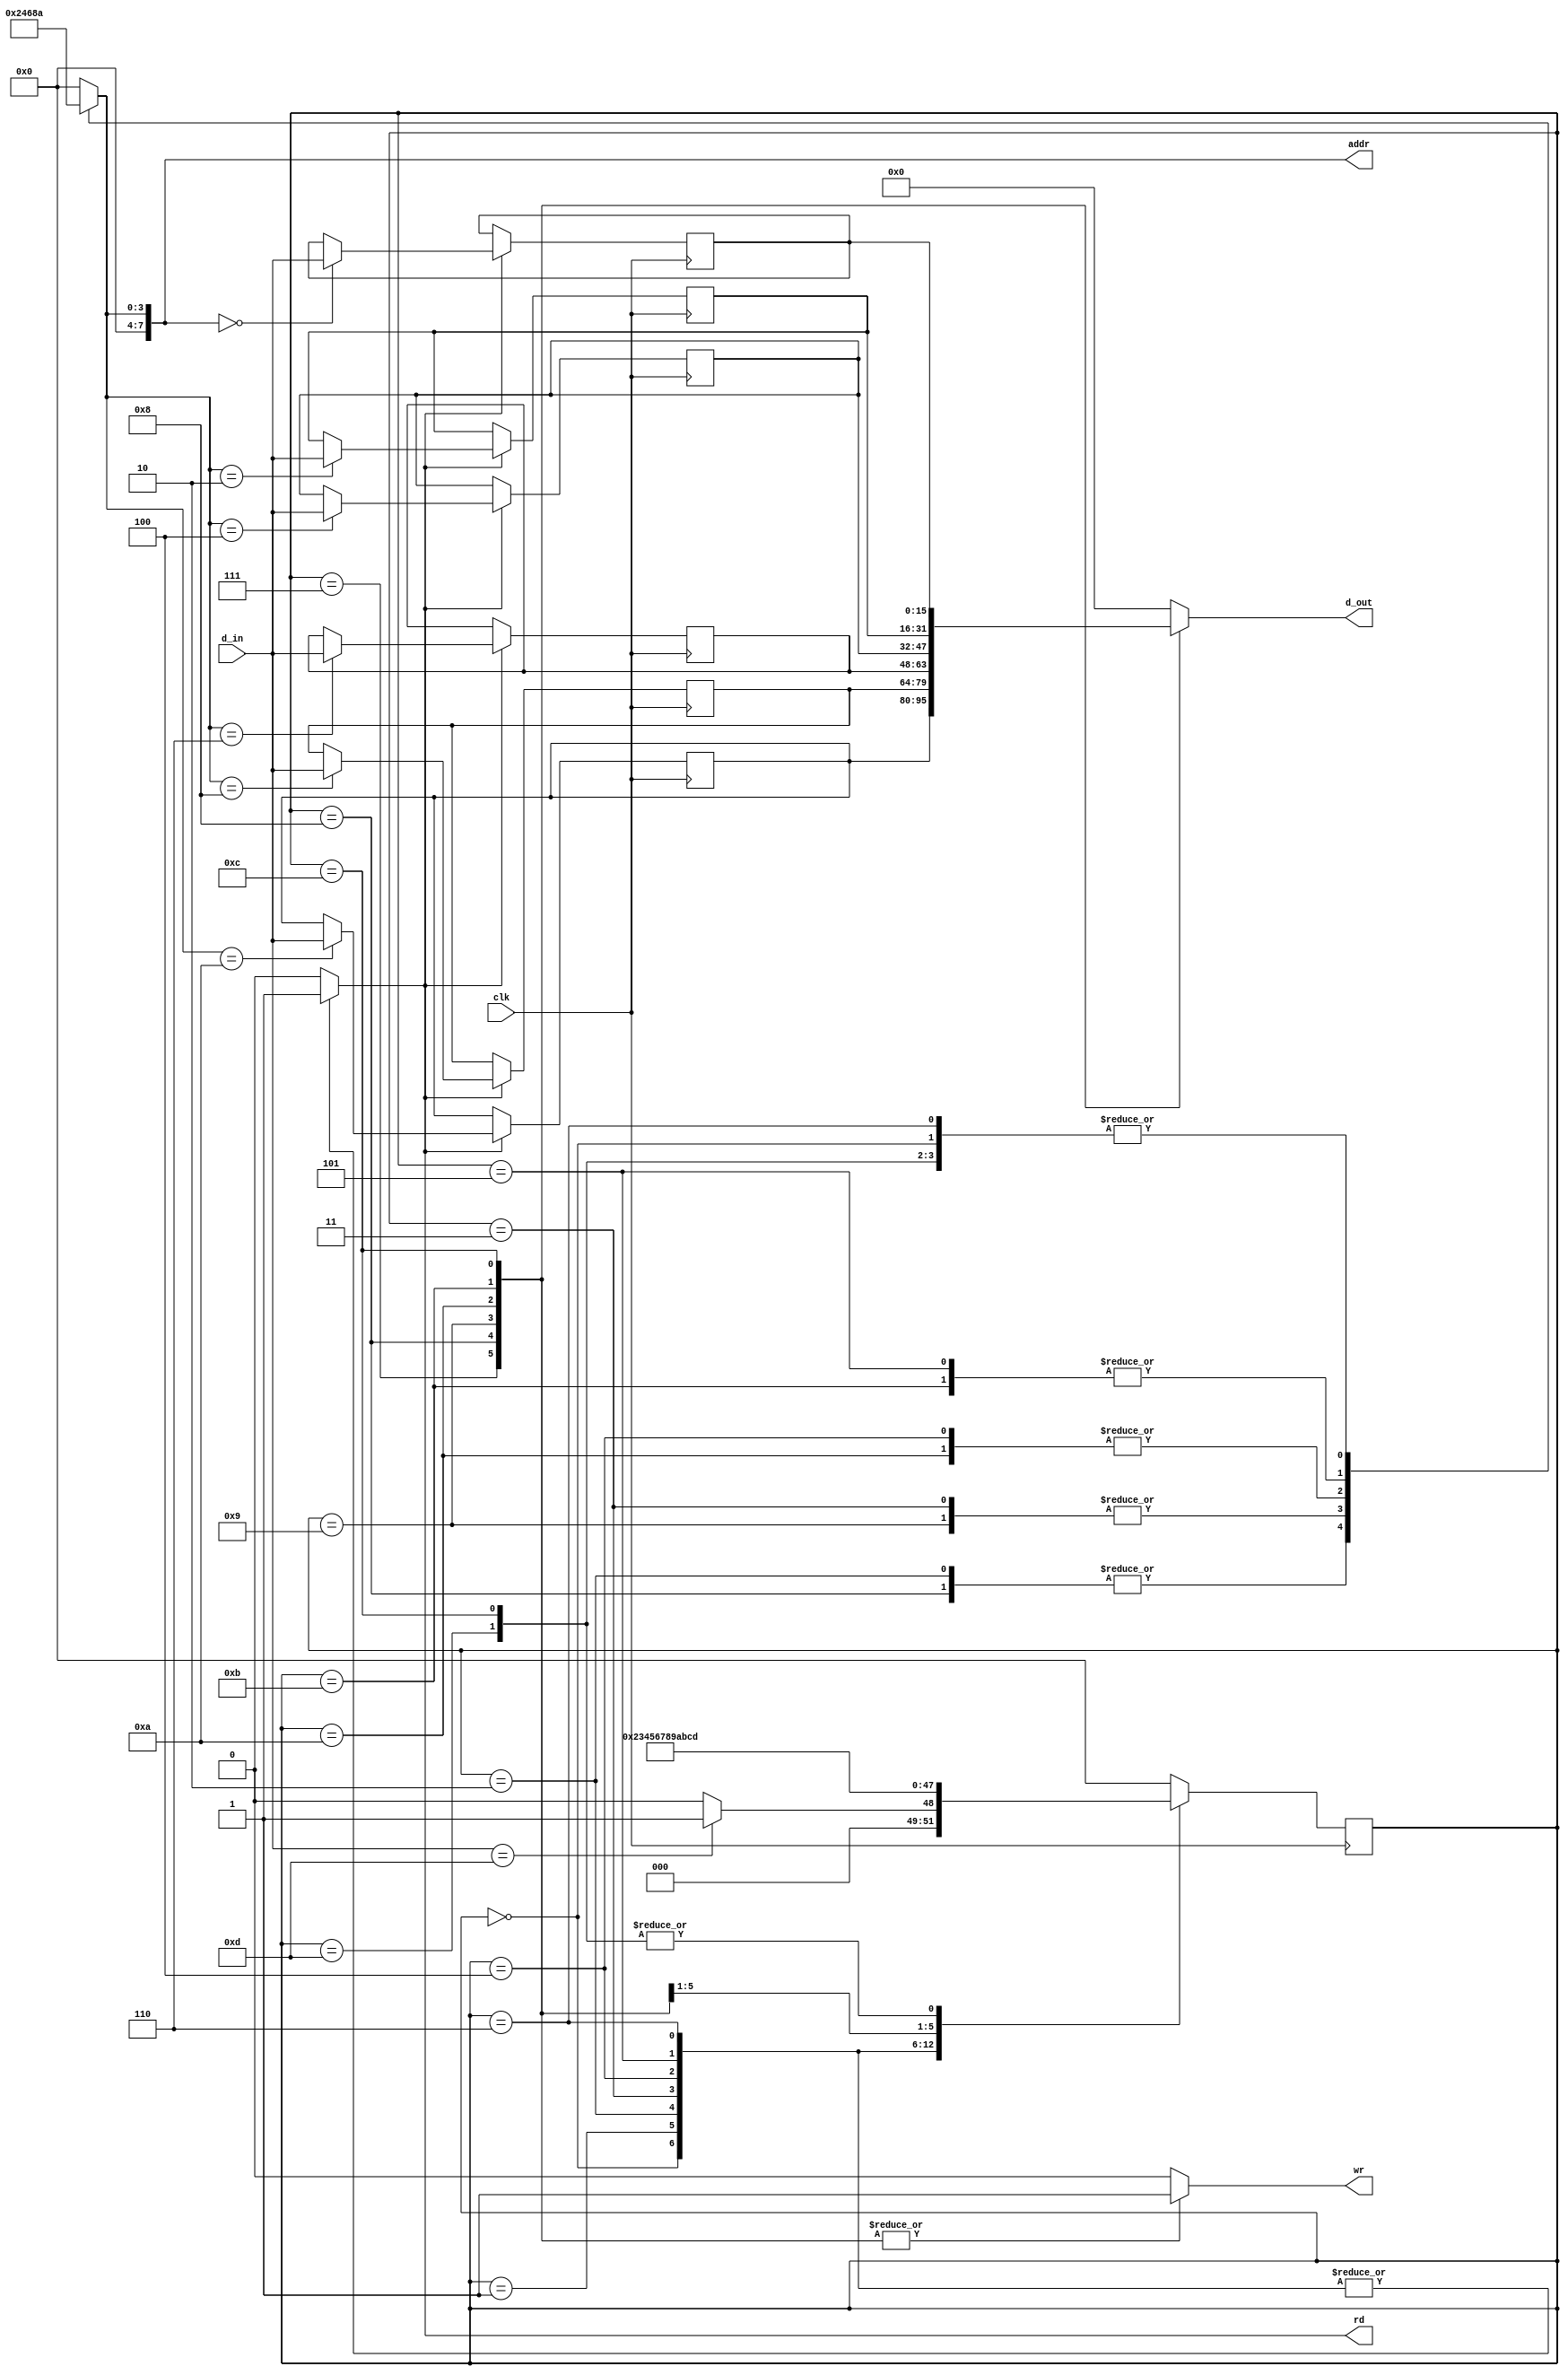
// este periferico lee la dpRAM, obtieniendo asi los 6 primeros terminos de fibonnacci, luego los escribe de nuevo en la dpRAM en orden invertido;

module core_peripheric(clk, addr, d_in, d_out,  wr,  rd); 
  
  input clk;

  input [15:0]d_in;
  output reg [15:0]d_out;

  output reg [7:0]addr; // 8 LSB from j1_io_addr

  output reg rd;
  output reg wr;


reg [15:0] F_1, F_2, F_3, F_4, F_5, F_6; // aqui se almacenan los terminos de la serie de fibonacci
reg [3:0] estado;

 initial begin
  d_out = 0;
  addr = 0;
  rd = 0;
  wr = 0;
  estado = 0;
  F_1=0;
  F_2=0;
  F_3=0;
  F_4=0;
  F_5=0;
  F_6=0;
 end

always @(posedge clk) begin// definicion de la logica del estado  siguiente

if (rd) begin
case (addr)	 // lectura de los terminos de fibonnacci
8'h00: F_1=d_in;
8'h02: F_2=d_in;
8'h04: F_3=d_in;
8'h06: F_4=d_in;
8'h08: F_5=d_in;
8'h0A: F_6=d_in;
default: F_1=F_1;
endcase
end
else F_1= F_1;

case(estado)
00: begin
  if (d_in==13)	estado =1;
  else estado=0;
end
01:  estado=2;
02:  estado=3;
03:  estado=4;
04:  estado=5;
05:  estado=6;
06:  estado=7;
07:  estado=8;
08:  estado=9;
09:  estado=10;
10:  estado=11;
11:  estado=12;
12:  estado=13;
13:  estado=13;
default: estado=0;
endcase

end


always @(*) begin// Definicion de las salidas
case(estado)
00: begin addr=8'h0A; d_out=16'h0000;  wr=0;  rd=1; end // lectura de los terminos de fibonnacci
01: begin addr=8'h00; d_out=16'h0000;  wr=0;  rd=1; end
02: begin addr=8'h02; d_out=16'h0000;  wr=0;  rd=1; end
03: begin addr=8'h04; d_out=16'h0000;  wr=0;  rd=1; end
04: begin addr=8'h06; d_out=16'h0000;  wr=0;  rd=1; end
05: begin addr=8'h08; d_out=16'h0000;  wr=0;  rd=1; end
06: begin addr=8'h0A; d_out=16'h0000;  wr=0;  rd=1; end

07: begin addr=8'h00; d_out=F_6;  wr=1;  rd=0; end // escritura de los terminos de fibonacci en orden invertido
08: begin addr=8'h02; d_out=F_5;  wr=1;  rd=0; end
09: begin addr=8'h04; d_out=F_4;  wr=1;  rd=0; end
10: begin addr=8'h06; d_out=F_3;  wr=1;  rd=0; end
11: begin addr=8'h08; d_out=F_2;  wr=1;  rd=0; end
12: begin addr=8'h0A; d_out=F_1;  wr=1;  rd=0; end

13: begin addr=8'h0A; d_out=16'h0000;  wr=0;  rd=0; end

default: begin addr=8'h00; d_out=16'h0000;  wr=0;  rd=0; end
endcase
end

endmodule

/*
  always @(negedge clk)
  begin
	if (addr==8'h0B)
		addr=0;
	else
		addr = addr+1;
  end

  reg [15:0] F_1, F_2, F_3, F_4, F_5, F_6; // aqui se almacenan los terminos de la serie de fibonacci


always @(posedge clk)
begin

      
      case (addr)
        8'h00: begin rd<=1;  F_1 <= d_in; end
        8'h02: begin rd<=1;  F_2 <= d_in; end
        8'h04: begin rd<=1;  F_3 <= d_in; end
        8'h06: begin rd<=1;  F_4 <= d_in; end
        8'h08: begin rd<=1;  F_5 <= d_in; end
        8'h0A: begin rd<=1;  F_6 <= d_in; end
	default: begin rd<=0;  end
      endcase

    if (F_6==8'h000D) begin
      case (addr)
        8'h00: begin d_out <= F_6; wr <= 1;  end
        8'h02: begin d_out <= F_5; wr <= 1;  end
        8'h04: begin d_out <= F_4; wr <= 1;  end
        8'h06: begin d_out <= F_3; wr <= 1;  end
        8'h08: begin d_out <= F_2; wr <= 1;  end
        8'h0A: begin d_out <= F_1; wr <= 1;  end
	default:  begin wr <= 0; end
      endcase
    end

end


endmodule
*/